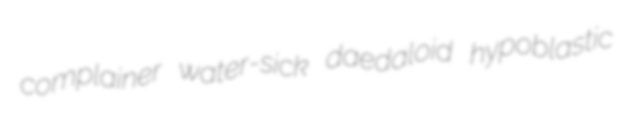
complainer water-sick daedaloid hypoblastic